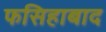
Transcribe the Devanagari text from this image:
फसिहाबाद